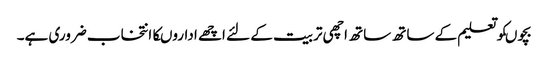
بچوںکوتعلیم کے ساتھ ساتھ اچھی تربیت کے لئے اچھے اداروںکاانتخاب ضروری ہے۔